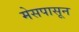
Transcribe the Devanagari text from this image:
मेसपासून